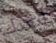
أبعدك